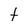
Character: t